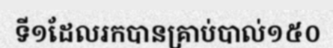
ទី១ដែលរកបានគ្រាប់បាល់១៥០